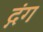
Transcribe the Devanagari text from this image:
द्गंग